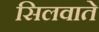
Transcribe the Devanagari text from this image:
सिलवाते